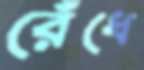
রেঁধে